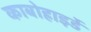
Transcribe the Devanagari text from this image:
काबोहाइर्डे